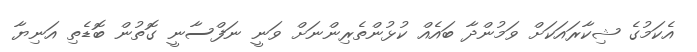
އެކަމުގެ ޝިކާރައަކަށް ވަމުންދާ ބައެއް ކުޅުންތެރިންނަށް ވަނީ ނަފްސާނީ ގޮތުން ބޮޑެތި އަނިޔާ